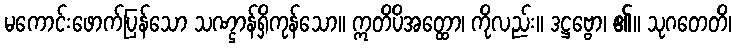
မကောင်းဖောက်ပြန်သော သဏ္ဌာန်ရှိကုန်သော။ ဣတိပိအတ္ထော၊ ကိုလည်း။ ဒဋ္ဌဗ္ဗော၊ ၏။ သုဂတေတိ၊